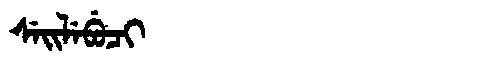
Manchu: ᠰᡝᡳᠯᡝᠪᡠᠴᡳ
Romanization: SEILEBUCI